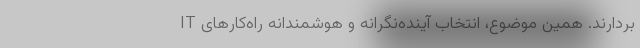
بردارند. همین موضوع، انتخاب آینده‌نگرانه و هوشمندانه راه‌کارهای IT